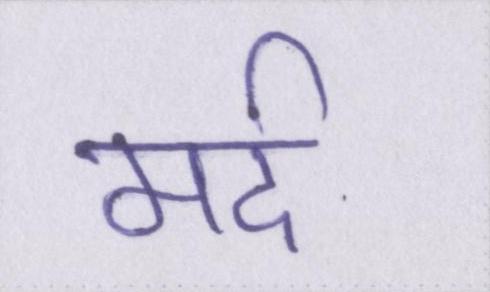
मर्द